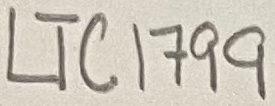
Text: LTC1799